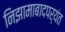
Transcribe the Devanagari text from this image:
निझामाबादपर्यंत